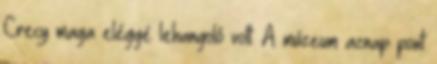
Crecy maga eléggé lehangoló volt. A múzeum aznap pont